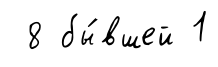
8 бы́вшей 1